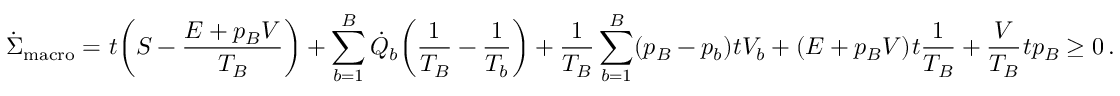
\dot { \Sigma } _ { \mathrm { m a c r o } } = \d _ { t } \bigg ( S - \frac { E + p _ { B } V } { T _ { B } } \bigg ) + \sum _ { b = 1 } ^ { B } \dot { Q } _ { b } \bigg ( \frac { 1 } { T _ { B } } - \frac { 1 } { T _ { b } } \bigg ) + \frac { 1 } { T _ { B } } \sum _ { b = 1 } ^ { B } ( p _ { B } - p _ { b } ) \d _ { t } V _ { b } + ( E + p _ { B } V ) \d _ { t } \frac { 1 } { T _ { B } } + \frac { V } { T _ { B } } \d _ { t } p _ { B } \geq 0 \, .